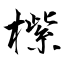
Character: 橴